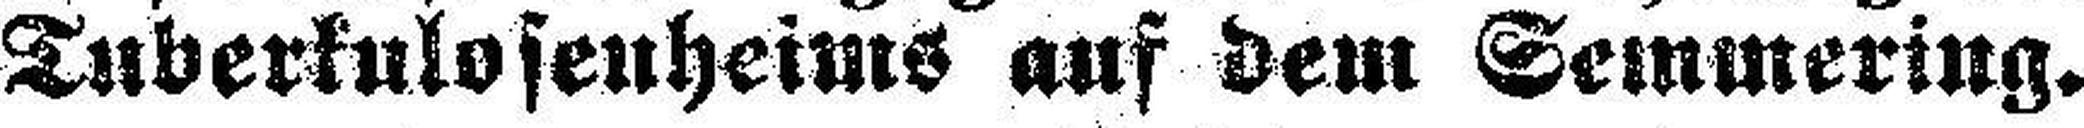
Tuberkulosenheims auf dem Semmering.